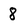
Character: 8